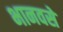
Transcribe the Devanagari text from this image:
भानवसे